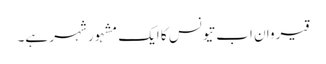
قیروان اب تیونس کا ایک مشہور شہر ہے۔